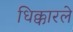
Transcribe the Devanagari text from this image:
धिक्कारले